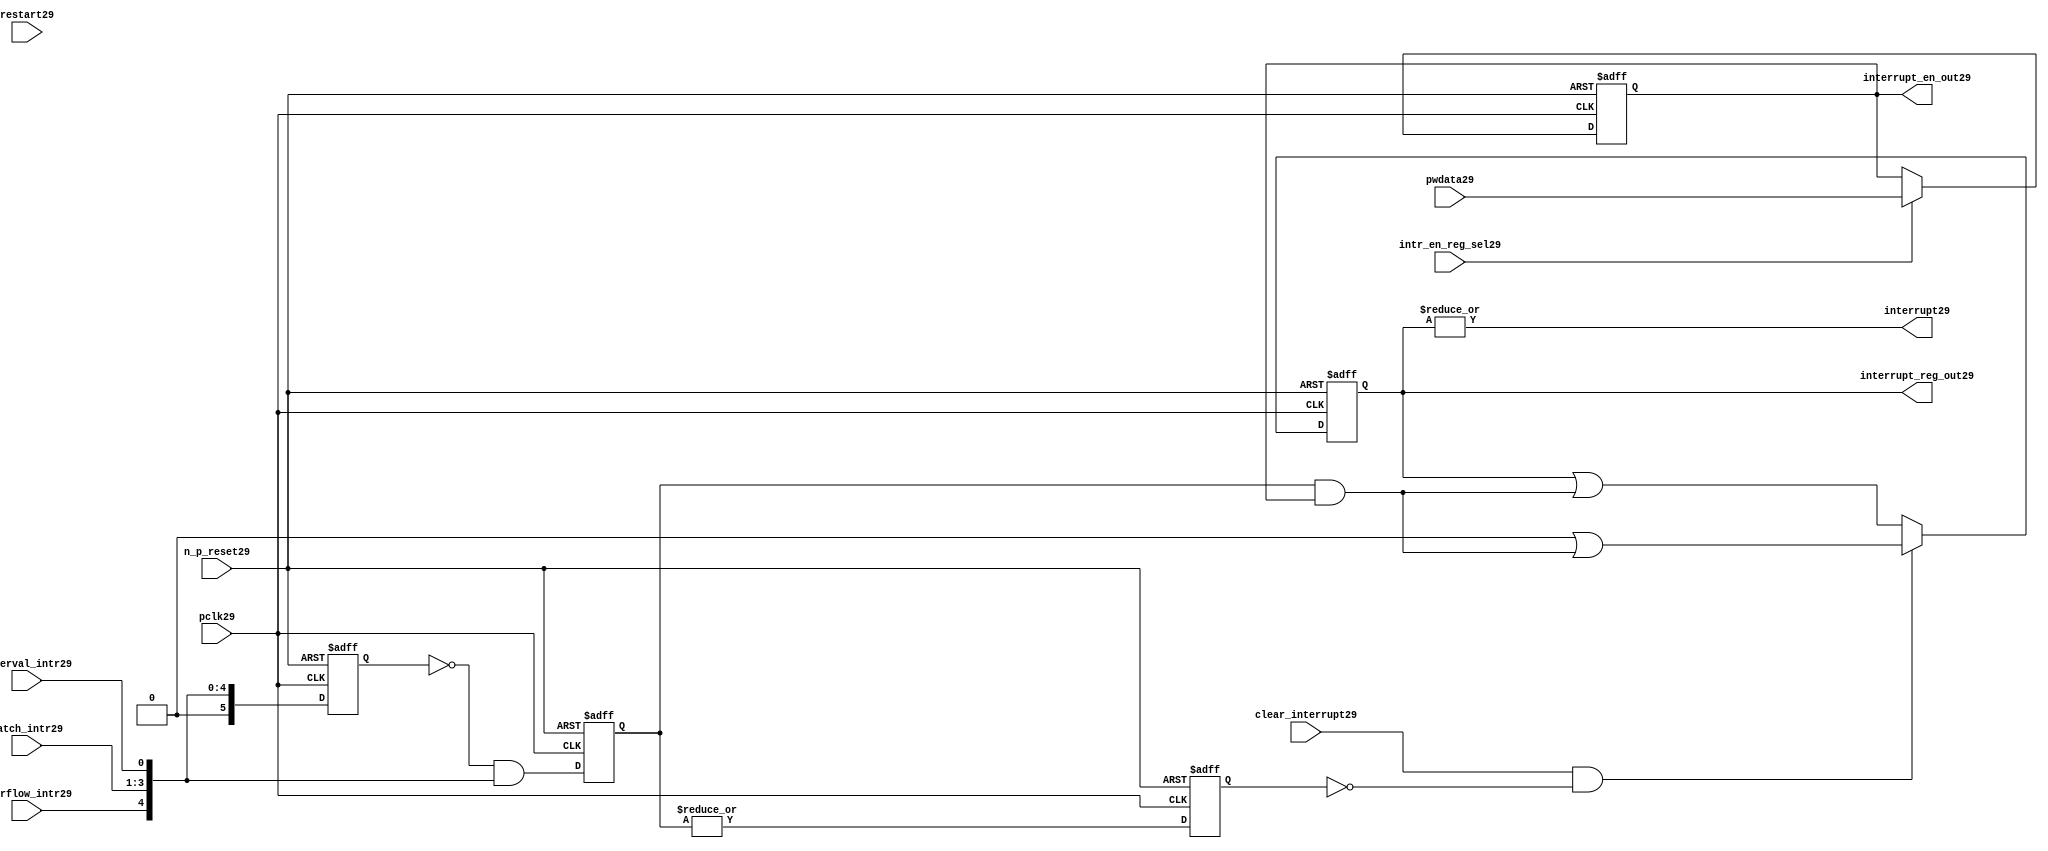
//File29 name   : ttc_interrupt_lite29.v
//Title29       : 
//Created29     : 1999
//Description29 : Interrupts29 from the counter modules29 are registered
//              and if enabled cause the output interrupt29 to go29 high29.
//              Also29 the match129 interrupts29 are monitored29 to generate output 
//Notes29       : 
//----------------------------------------------------------------------
//   Copyright29 1999-2010 Cadence29 Design29 Systems29, Inc29.
//   All Rights29 Reserved29 Worldwide29
//
//   Licensed29 under the Apache29 License29, Version29 2.0 (the
//   "License29"); you may not use this file except29 in
//   compliance29 with the License29.  You may obtain29 a copy of
//   the License29 at
//
//       http29://www29.apache29.org29/licenses29/LICENSE29-2.0
//
//   Unless29 required29 by applicable29 law29 or agreed29 to in
//   writing, software29 distributed29 under the License29 is
//   distributed29 on an "AS29 IS29" BASIS29, WITHOUT29 WARRANTIES29 OR29
//   CONDITIONS29 OF29 ANY29 KIND29, either29 express29 or implied29.  See
//   the License29 for the specific29 language29 governing29
//   permissions29 and limitations29 under the License29.
//----------------------------------------------------------------------
 


//-----------------------------------------------------------------------------
// Module29 definition29
//-----------------------------------------------------------------------------

module ttc_interrupt_lite29(

  //inputs29
  n_p_reset29,                             
  pwdata29,                             
  pclk29,
  intr_en_reg_sel29, 
  clear_interrupt29,                   
  interval_intr29,
  match_intr29,
  overflow_intr29,
  restart29,

  //outputs29
  interrupt29,
  interrupt_reg_out29,
  interrupt_en_out29
  
);


//-----------------------------------------------------------------------------
// PORT DECLARATIONS29
//-----------------------------------------------------------------------------

   //inputs29
   input         n_p_reset29;            //reset signal29
   input [5:0]   pwdata29;               //6 Bit29 Data signal29
   input         pclk29;                 //System29 clock29
   input         intr_en_reg_sel29;      //Interrupt29 Enable29 Reg29 Select29 signal29
   input         clear_interrupt29;      //Clear Interrupt29 Register signal29
   input         interval_intr29;        //Timer_Counter29 Interval29 Interrupt29
   input [3:1]   match_intr29;           //Timer_Counter29 Match29 1 Interrupt29 
   input         overflow_intr29;        //Timer_Counter29 Overflow29 Interrupt29 
   input         restart29;              //Counter29 restart29

   //Outputs29
   output        interrupt29;            //Interrupt29 Signal29 
   output [5:0]  interrupt_reg_out29;    //6 Bit29 Interrupt29 Register
   output [5:0]  interrupt_en_out29; //6 Bit29 Interrupt29 Enable29 Register


//-----------------------------------------------------------------------------
// Internal Signals29 & Registers29
//-----------------------------------------------------------------------------

   wire [5:0]   intr_detect29;          //Interrupts29 from the Timer_Counter29
   reg [5:0]    int_sync_reg29;         //6-bit 1st cycle sync register
   reg [5:0]    int_cycle_reg29;        //6-bit register ensuring29 each interrupt29 
                                      //only read once29
   reg [5:0]    interrupt_reg29;        //6-bit interrupt29 register        
   reg [5:0]    interrupt_en_reg29; //6-bit interrupt29 enable register
   

   reg          interrupt_set29;        //Prevents29 unread29 interrupt29 being cleared29
   
   wire         interrupt29;            //Interrupt29 output
   wire [5:0]   interrupt_reg_out29;    //Interrupt29 register output
   wire [5:0]   interrupt_en_out29; //Interrupt29 enable output


   assign interrupt29              = |(interrupt_reg29);
   assign interrupt_reg_out29      = interrupt_reg29;
   assign interrupt_en_out29       = interrupt_en_reg29;
   
   assign intr_detect29 = {1'b0,
                         overflow_intr29,  
                         match_intr29[3],  
                         match_intr29[2], 
                         match_intr29[1], 
                         interval_intr29};

   

// Setting interrupt29 registers
   
   always @ (posedge pclk29 or negedge n_p_reset29)
   begin: p_intr_reg_ctrl29
      
      if (!n_p_reset29)
      begin
         int_sync_reg29         <= 6'b000000;
         interrupt_reg29        <= 6'b000000;
         int_cycle_reg29        <= 6'b000000;
         interrupt_set29        <= 1'b0;
      end
      else 
      begin

         int_sync_reg29    <= intr_detect29;
         int_cycle_reg29   <= ~int_sync_reg29 & intr_detect29;

         interrupt_set29   <= |int_cycle_reg29;
          
         if (clear_interrupt29 & ~interrupt_set29)
            interrupt_reg29 <= (6'b000000 | (int_cycle_reg29 & interrupt_en_reg29));
         else 
            interrupt_reg29 <= (interrupt_reg29 | (int_cycle_reg29 & 
                                               interrupt_en_reg29));
      end 
      
   end  //p_intr_reg_ctrl29


// Setting interrupt29 enable register
   
   always @ (posedge pclk29 or negedge n_p_reset29)
   begin: p_intr_en_reg29
      
      if (!n_p_reset29)
      begin
         interrupt_en_reg29 <= 6'b000000;
      end
      else 
      begin

         if (intr_en_reg_sel29)
            interrupt_en_reg29 <= pwdata29[5:0];
         else
            interrupt_en_reg29 <= interrupt_en_reg29;

      end 
      
   end  
           


endmodule